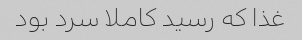
غذا که رسید کاملا سرد بود